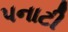
પનાટી